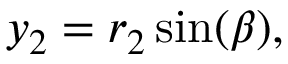
\begin{array} { r } { y _ { 2 } = r _ { 2 } \sin ( \beta ) , } \end{array}